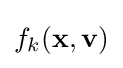
f_{k}(\mathbf {x} ,\mathbf {v} )